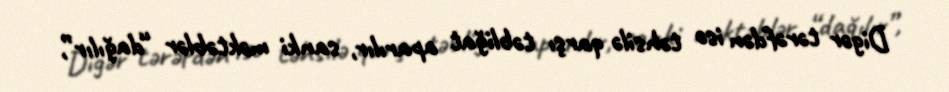
Digər tərəfdən isə təhsilə qarşı təbliğat aparılır, sanki məktəblər “dağılır”,